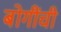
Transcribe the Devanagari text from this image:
बोगींची